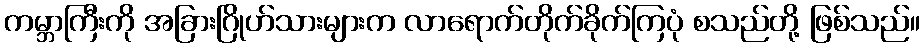
ကမ္ဘာကြီးကို အခြားဂြိုဟ်သားများက လာရောက်တိုက်ခိုက်ကြပုံ စသည်တို့ ဖြစ်သည်။